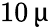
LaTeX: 10\, \upmu